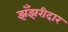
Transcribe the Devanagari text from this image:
झँझरीदार